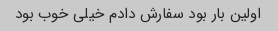
اولین بار بود سفارش دادم خیلی خوب بود